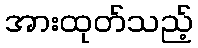
အားထုတ်သည့်